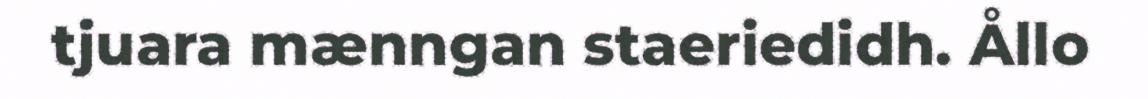
tjuara mænngan staeriedidh. Ållo